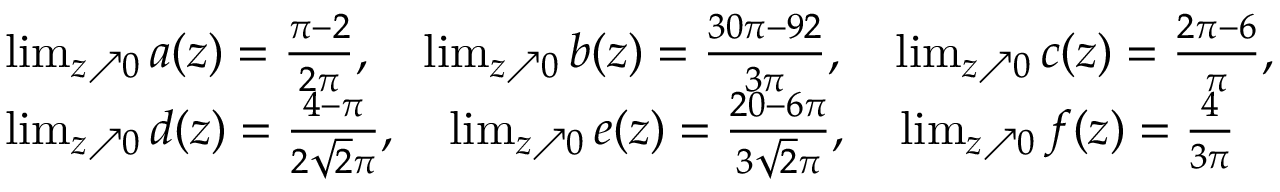
\begin{array} { r l } & { \operatorname* { l i m } _ { z \nearrow 0 } a ( z ) = \frac { \pi - 2 } { 2 \pi } , \quad \operatorname* { l i m } _ { z \nearrow 0 } b ( z ) = \frac { 3 0 \pi - 9 2 } { 3 \pi } , \quad \operatorname* { l i m } _ { z \nearrow 0 } c ( z ) = \frac { 2 \pi - 6 } { \pi } , } \\ & { \operatorname* { l i m } _ { z \nearrow 0 } d ( z ) = \frac { 4 - \pi } { 2 \sqrt { 2 } \pi } , \quad \operatorname* { l i m } _ { z \nearrow 0 } e ( z ) = \frac { 2 0 - 6 \pi } { 3 \sqrt { 2 } \pi } , \quad \operatorname* { l i m } _ { z \nearrow 0 } f ( z ) = \frac { 4 } { 3 \pi } } \end{array}